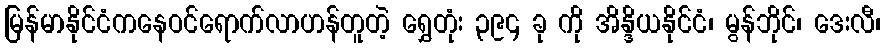
မြန်မာနိုင်ငံကနေဝင်ရောက်လာဟန်တူတဲ့ ရွှေတုံး ၃၉၄ ခု ကို အိန္ဒိယနိုင်ငံ၊ မွန်ဘိုင်၊ ဒေးလီ၊